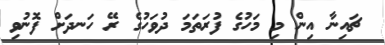
ޗައިނާ އިން މި މަހުގެ ފުރަތަމަ ދުވަހުގެ ރޭ ހަނދަށް ފޮނުވި